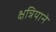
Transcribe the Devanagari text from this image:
क्षत्रियाने